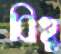
বিহু